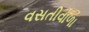
વસતીવાળા